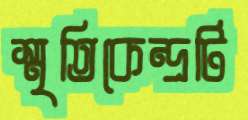
স্মৃতিকেন্দ্রটি